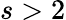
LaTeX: s>2